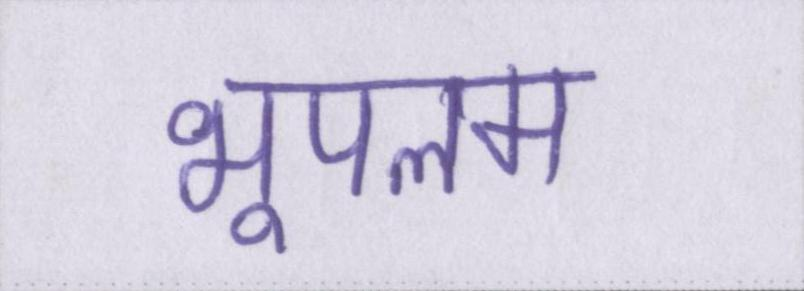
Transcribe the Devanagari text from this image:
भूपलम